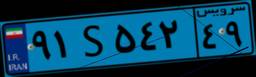
۲۴S۶۹۷۴۵